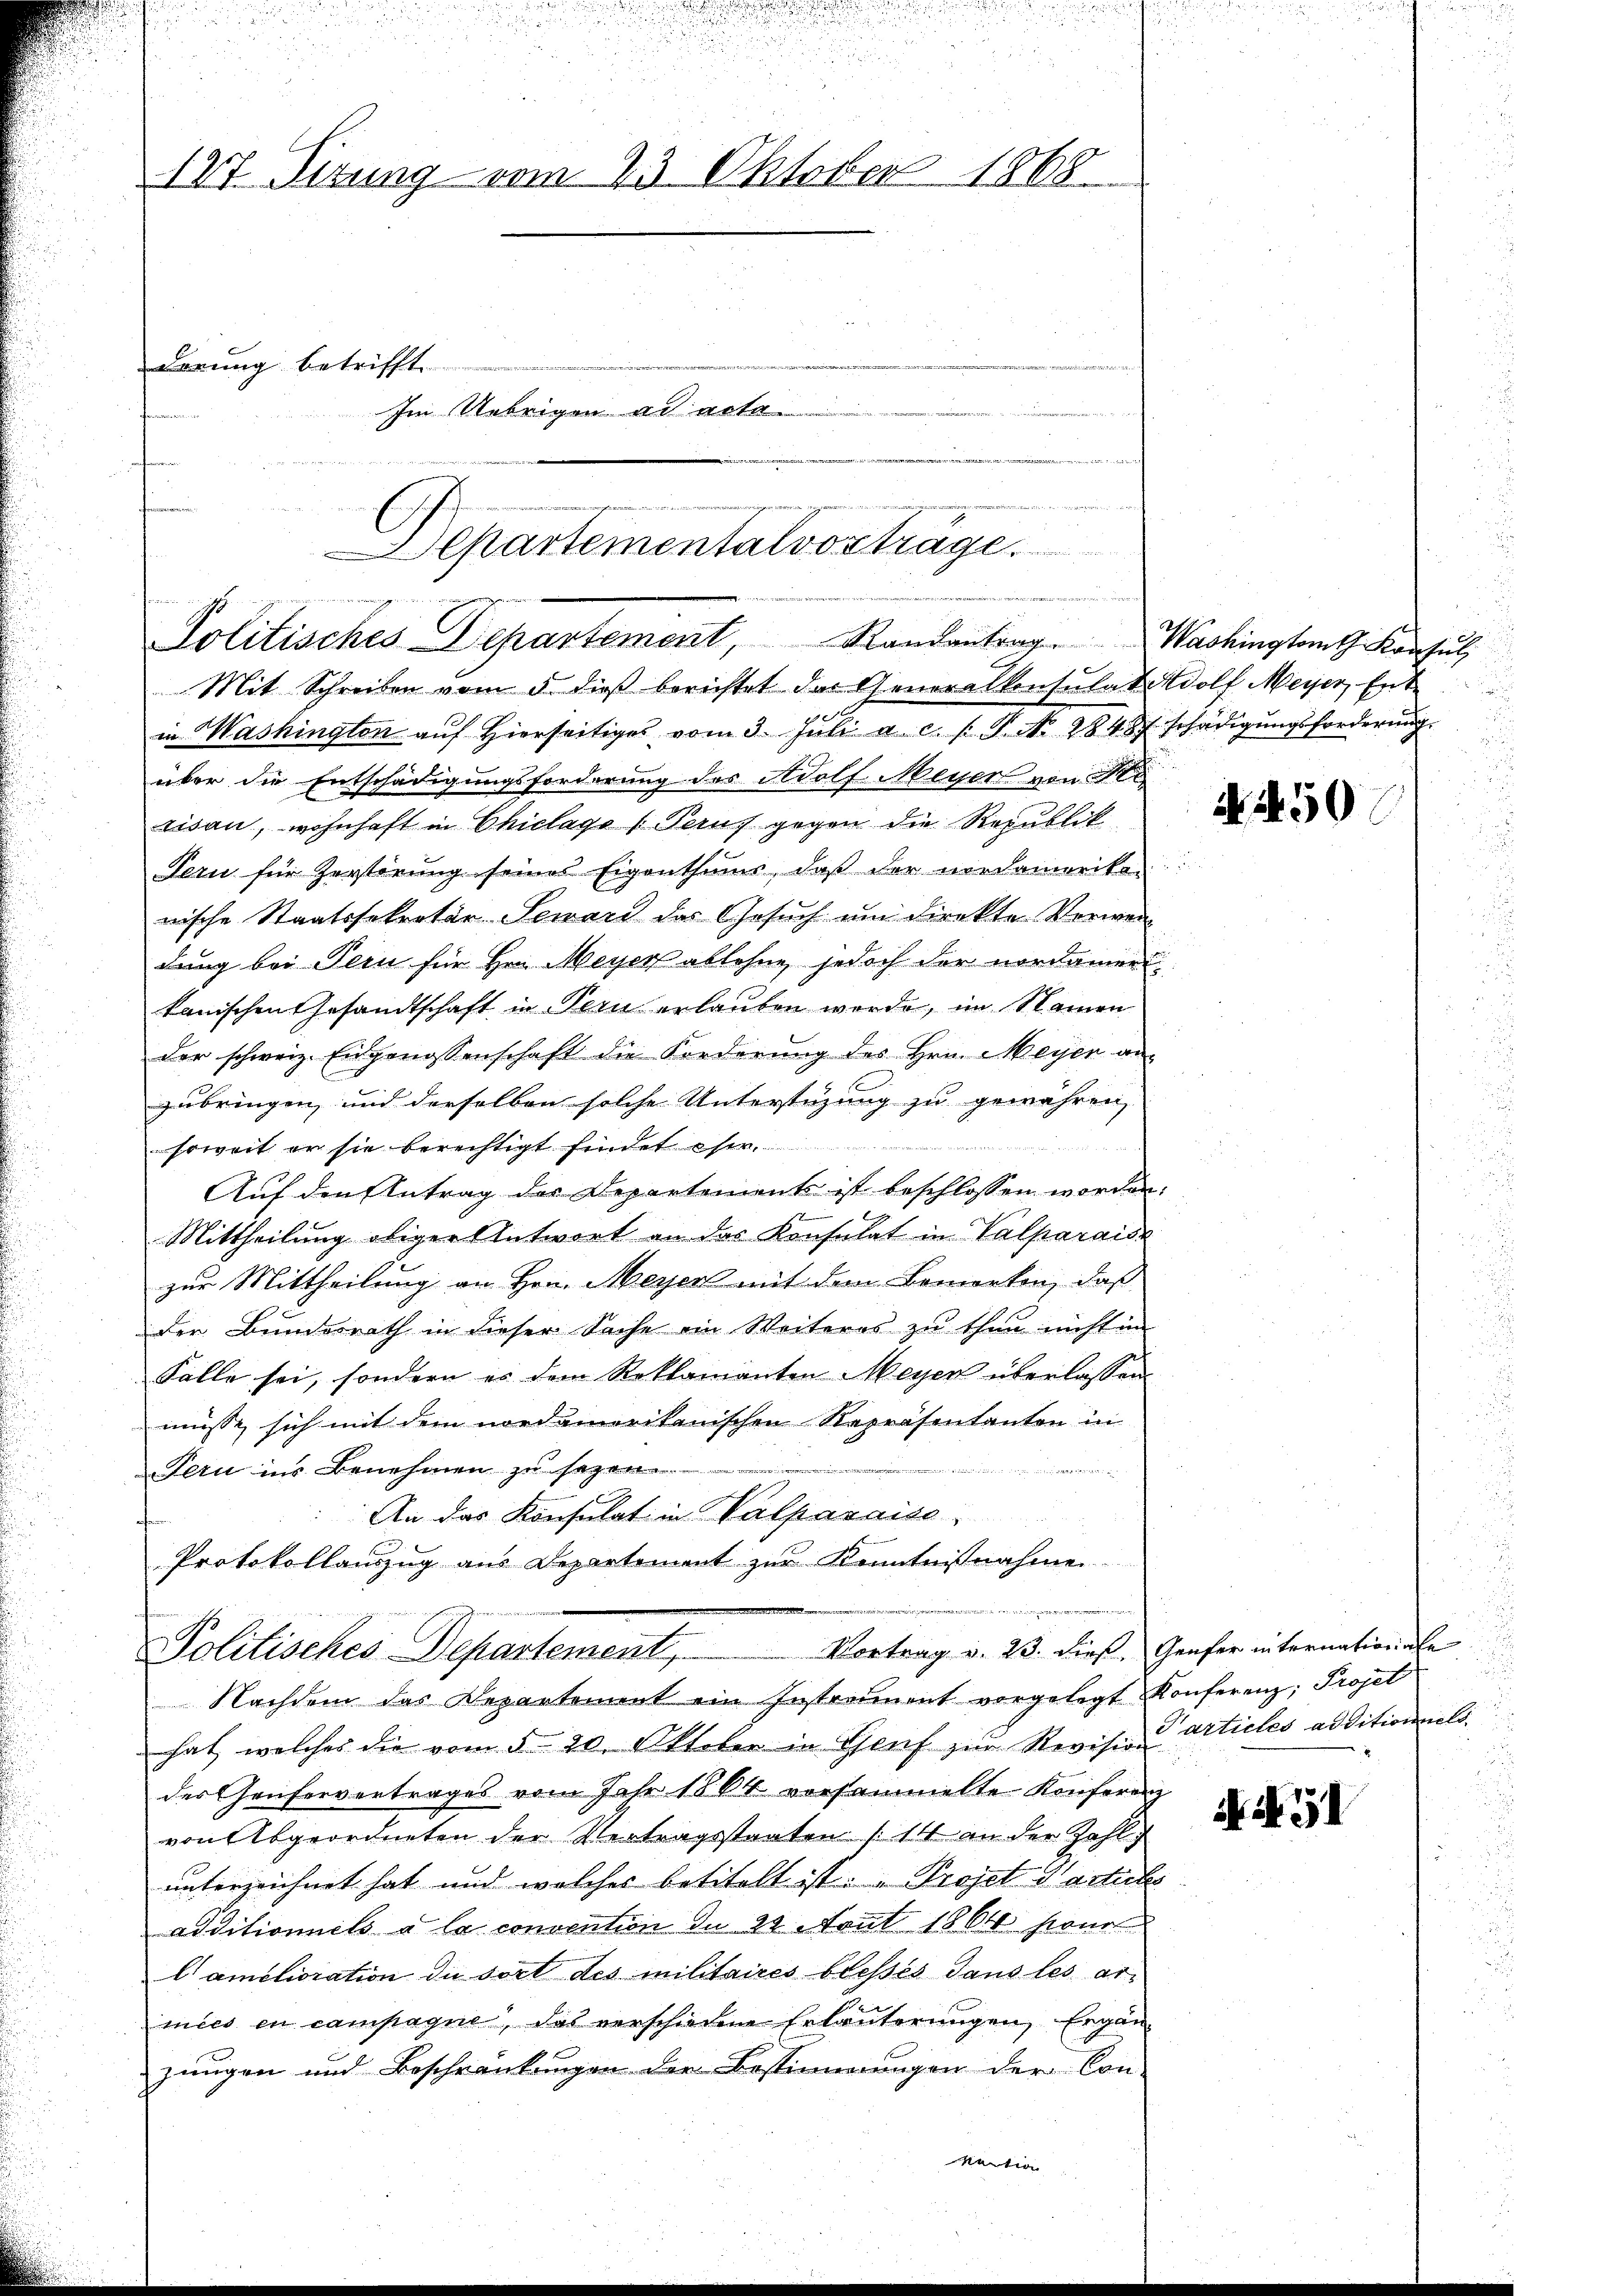
127. Situng vom 23. Oktober 1868.
derung betrifft.
Im Uebrigen ad acta

Departementalvortrage.

2
Politisches Departement, Randantrag. Washington Konsŭl,

d

Mit Schreiben vom 5. dieß berichtet das Generalkonsulat Adolf Meyer, Ent-
in Washington aŭf hierseitiges vom 3. Jŭli a. c. s. P. No. 28487 schädigŭngsforderŭng.
über die Entschädigungsforderung des Adolf Meyer von Ke
risan, wohnhaft in Chicago (Peruf gegen die Republik
Tern für Zerstörung seines Eigenthums, daß der nordamerika-
nische Staatssekretär Seward der Gesuch um direkte Verwendung bei Pern für Hrn. Meyer ablehne jedoch der nordamer
kanischen Gesandtschaft in Pern erlauben worde, im Namen
der schweiz. Eidgenossenschaft die Forderung des Hrn. Meyer an-
zubringen, und derselben solche Unterstüzung zu gewähren,
soweit er sie berechtigt findet estr.
Auf den Antrag der Departements ist beschlossen worden:
Mittheilung obiger Antwort an das Konsulat in Valparaise
zur Mittheilung an Hrn. Meyen mit dem Bemerken, daß
der Bundesrath in dieser Sache im Weiteres zu thun nicht in
Falle sei, sondern es dem Reklamanten Meyen überlassen.
müsse sich mit dem nordamerikanischen Repräsentanten in
e
Tern ins Benehmen zu sezen
ann
An das Konsulat in Valparaiso
Protokollanzug aus Departement zur Kenntnißnahme
Vortrag v. 23. dieß, Genfer internationale
Politisches Departement,
Nachdem das Repartement ein Instrennent vorgelegt Konferenz; Projet
hat, welches die vom 5. 20. Oktober in Genf zur Revision & articles additionnels.
der Genfervertrages vom Jahr 1864 vorsammelte Konferenz
von Abgeordneten der Vertragsstraten (14 an der Zahl
unterzeichnet hat und welches betitelt ist. " Projet Harticles
additioniels à la convention du 20. Tout 1864 hene
Camélioration du sort des militaires blosses dans les armies en campagne, das verschiedene Erläuterungen, Ergänzungen und Beschränkungen der Bestimmungen der Con-
vaction

N 1450

NA. G